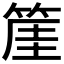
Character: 𥯅